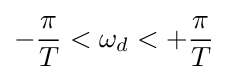
-{\frac {\pi }{T}}<\omega _{d}<+{\frac {\pi }{T}}